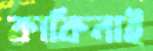
কাকিনাই